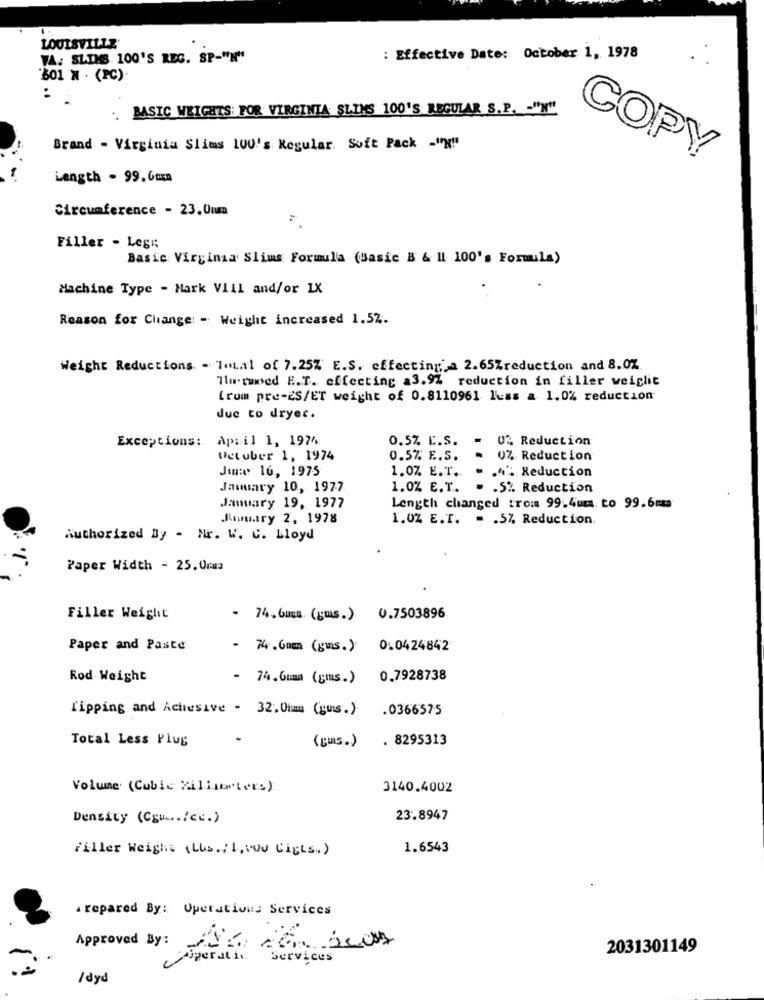
LOUISVILLE'
VA: SLIMS 100'S REG. SP-"N"
: Effective Date: October 1, 1978
801 N . (PC)
. BASIC WEIGHTS: FOR VIRGINIA SLIMS 100'S REGULAR S.P. - "N"
Brand - Virginia Slims 100's Regular. Soft Pack -"N"
COPY
Length - 99.6m
Circumference - 23.0um
Filler - Legs
Basic Virginia Slims Formula (Basic B & Il 100's Formula)
Machine Type - Mark VIil and/or 1X
Reason for Change: - Weight increased 1.52.
Weight Reductions. - Total of 7.25% E.S. effecting a 2.65Zreduction and 8.0%.
Hurumed E.T. effecting a3.9% reduction in filler weight
from pre-ES/ET weight of 0.8110961 luss a 1.0% reduction
due to dryer.
April 1, 1974.
0.5% E.S.
0% Reduction
Exceptions:
October 1, 1974
0.5% E.S.
0% Reduction
Jim :: 16, 1975
1.0% E.T.
.4% Reduction
January 10, 1977
1.0% E.T.
. . 5% Reduction
January 19, 1977
Length changed from 99.4um. to 99.6mm
Inmary 2, 1978
1.0% E.T. = . 5% Reduction.
Authorized By - Mr. W. C. Lloyd
Paper Width - 25.0mm
Filler Weight
- 74.6mma. (gms.) 0.7503896
Paper and Paste
- 74.6mm (gms.) 0.0424842
Rod Weight
- 74.6uma (gms.) 0.7928738
l'ipping and Achesive - 32.0im (gus.) .0366575
Total Less Plug
(gus.)
. 8295313
Volune (Cubic Millilers):
3140.4002
Density (Cgu ... /cc.)
23.8947
Filler Weight (Lbs. 1, you Girls.)
1.6543
arepared By: Operations Services
Approved By: 482 20
2031301149
Agerathe Services
/dyd